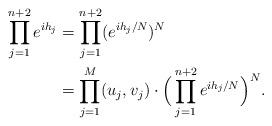
LaTeX: \begin{align*} \prod_{j=1}^{n+2}e^{ih_j}&=\prod_{j=1}^{n+2} (e^{ih_j/N})^N\\ &=\prod_{j=1}^M (u_j,v_j) \cdot \Big(\prod_{j=1}^{n+2} e^{ih_j/N}\Big)^N. \end{align*}